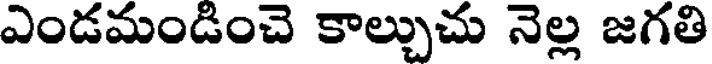
ఎండమండించె కాల్చుచు నెల్ల జగతి